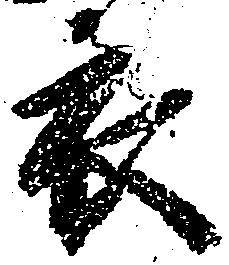
衣